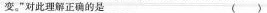
变。”对此理解正确的是( )